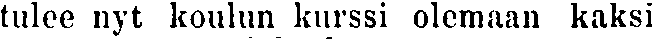
tulee nyt koulun kurssi olemaan kaksi